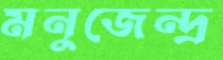
মনুজেন্দ্র